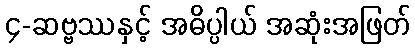
၄-ဆဗ္ဗဿနှင့် အဓိပ္ပါယ် အဆုံးအဖြတ်